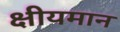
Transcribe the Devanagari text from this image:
क्षीयमान